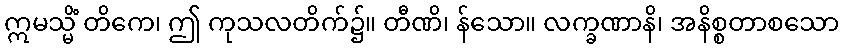
ဣမသ္မိံ တိကေ၊ ဤ ကုသလတိက်၌။ တီဏိ၊ န်သော။ လက္ခဏာနိ၊ အနိစ္စတာစသော